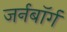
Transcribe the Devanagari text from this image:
जर्नबॉर्ग